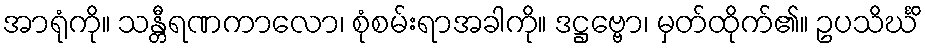
အာရုံကို။ သန္တီရဏကာလော၊ စုံစမ်းရာအခါကို။ ဒဋ္ဌဗ္ဗော၊ မှတ်ထိုက်၏။ ဥပသိင်္ဃိ